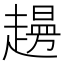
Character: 𧽱